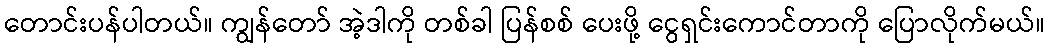
တောင်းပန်ပါတယ်။ ကျွန်တော် အဲ့ဒါကို တစ်ခါ ပြန်စစ် ပေးဖို့ ငွေရှင်းကောင်တာကို ပြောလိုက်မယ်။